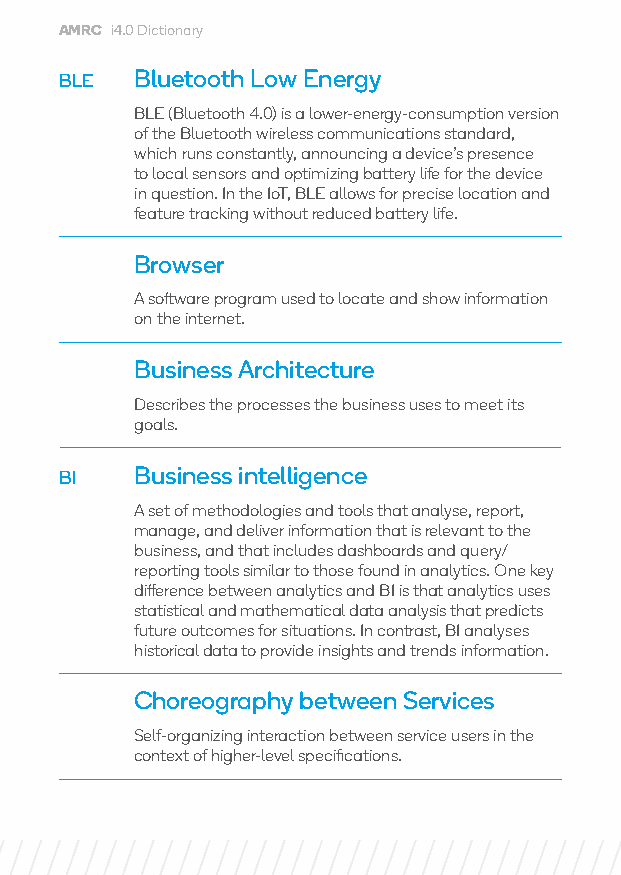
AMRC i4.0 Dictionary
 BLE  Bluetooth Low Energy
 BLE (Bluetooth 4.0) is a lower-energy-consumption version
 of the Bluetooth wireless communications standard,
 which runs constantly, announcing a device’s presence
 to local sensors and optimizing battery life for the device
 in question. In the IoT, BLE allows for precise location and
 feature tracking without reduced battery life.
 Browser
 A software program used to locate and show information
 on the internet.
 Business Architecture
 Describes the processes the business uses to meet its
 goals.
 BI   Business intelligence
 A set of methodologies and tools that analyse, report,
 manage, and deliver information that is relevant to the
 business, and that includes dashboards and query/
 reporting tools similar to those found in analytics. One key
 difference between analytics and BI is that analytics uses
 statistical and mathematical data analysis that predicts
 future outcomes for situations. In contrast, BI analyses
 historical data to provide insights and trends information.
 Choreography between Services
 Self-organizing interaction between service users in the
 context of higher-level specifications.